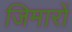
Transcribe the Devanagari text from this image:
जिमारों